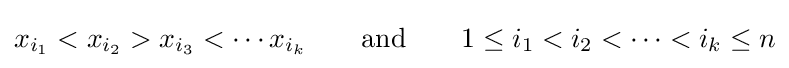
x_{i_{1}}<x_{i_{2}}>x_{i_{3}}<\cdots x_{i_{k}}\qquad {\text{and}}\qquad 1\leq i_{1}<i_{2}<\cdots <i_{k}\leq n